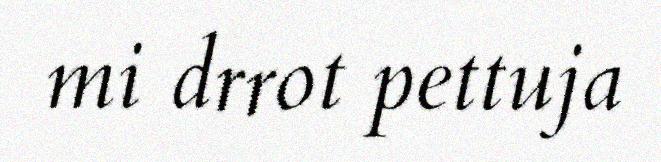
mi drrot pettuja